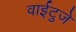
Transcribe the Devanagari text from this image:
वाईटुजे